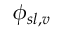
\phi _ { s l , v }